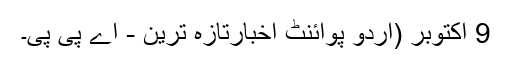
9 اکتوبر (اُردو پوائنٹ اخبارتازہ ترین - اے پی پی۔